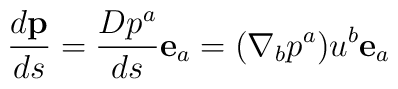
\frac{d \mathbf{ p}}{ds}= \frac{D p^{a}}{ds}\mathbf{e}_a = (\nabla_{b} p^{a})u^{b} \mathbf{e}_a